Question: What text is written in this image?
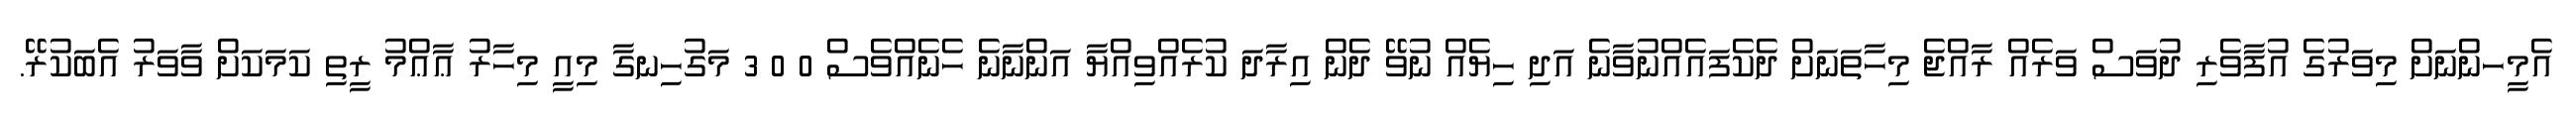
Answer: އެމީހންނަށް މިވަރުގެ އުފާވެރި ދުވަސް ވަރެއް ރާއްޖެ މިހާތަނަށް ދެކެފައެއްނުވާނެ އަދި ހިޔެއް ނުވޭ ދެން އިރާދަ ކުރެއްވިއްޔާ އަންނާނެ ހެނެއްވެސް 0 0 3 މަގުހިނގާ މިއީ މިހާރު ޢާޢްމު ރީތި ކަމަކަށް ވާވަރު އެބަކުރޭ.